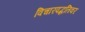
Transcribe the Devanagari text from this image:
विचारपद्धतिवर